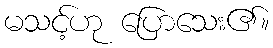
မသင့်ဟု ပြောသေး၏။